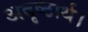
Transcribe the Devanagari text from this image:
अदृष्टार्थ।